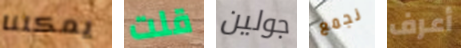
يمكننا قلت جولين نجمع أعرف